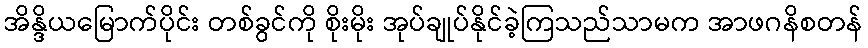
အိန္ဒိယမြောက်ပိုင်း တစ်ခွင်ကို စိုးမိုး အုပ်ချုပ်နိုင်ခဲ့ကြသည်သာမက အာဖဂနိစတန်